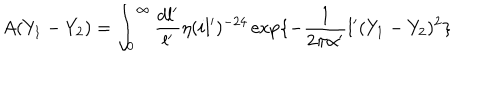
LaTeX: A ( Y _ { 1 } - Y _ { 2 } ) = \int _ { 0 } ^ { \infty } \frac { d l ^ { \prime } } { l ^ { \prime } } \eta ( i l ^ { \prime } ) ^ { - 2 4 } \exp \{ - \frac { 1 } { 2 \pi \alpha ^ { \prime } } l ^ { \prime } ( Y _ { 1 } - Y _ { 2 } ) ^ { 2 } \}